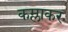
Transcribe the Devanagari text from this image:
कम्लाकर